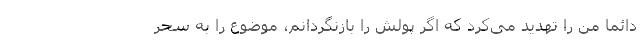
دائما من را تهدید می‌کرد که اگر پولش را بازنگردانم، موضوع را به سحر